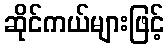
ဆိုင်ကယ်များဖြင့်